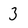
Character: 3